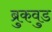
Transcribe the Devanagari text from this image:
ब्रुकवुड